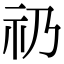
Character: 礽